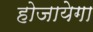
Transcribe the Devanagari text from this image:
होजायेगा